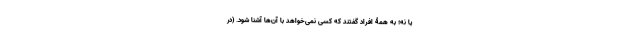
یا نه؛ به همۀ افراد گفتند که کسی نمی‌خواهد با آن‌ها آشنا شود. (در